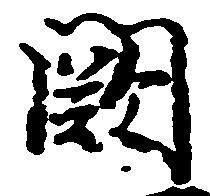
闕